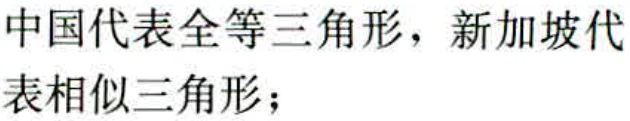
中国代表全等三角形，新加坡代表相似三角形；